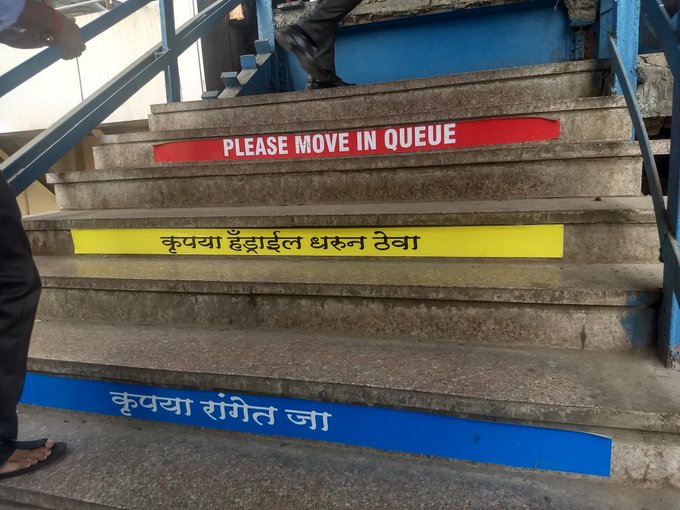
Language: marathi
Transcription: कृपया हॅड्राईल धरून ठेवा कृपया जा रांगेत